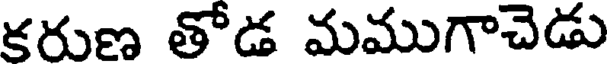
కరుణ తోడ మముగాచెడు